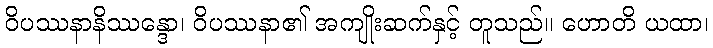
ဝိပဿနာနိဿန္ဒော၊ ဝိပဿနာ၏ အကျိုးဆက်နှင့် တူသည်။ ဟောတိ ယထာ၊